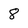
Character: 8